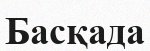
Басқада